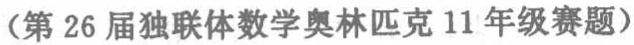
（第26届独联体数学奥林匹克11年级赛题）